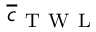
\overline { { c } } _ { \mathrm { ~ T ~ W ~ L ~ } }